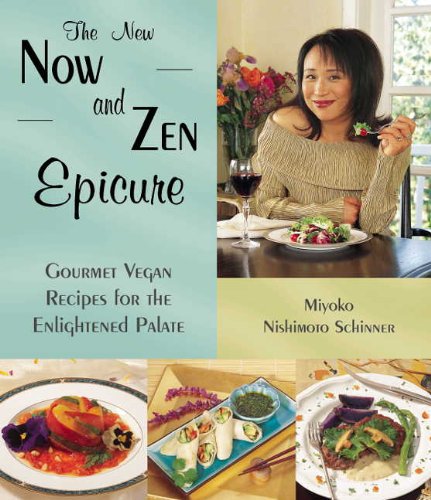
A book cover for The New Now and Zen Epicure: Gourmet Vegan Recipes for the Enlightened Palate; Miyoko Nishimoto Schinner; Cookbooks, Food & Wine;